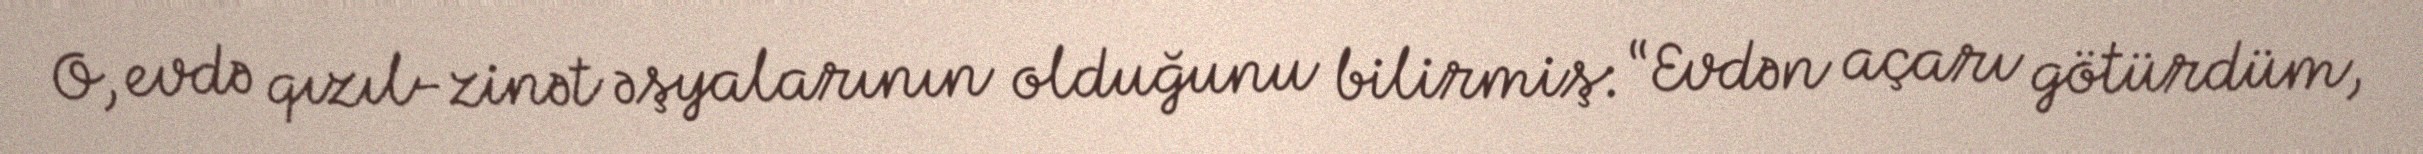
O, evdə qızıl-zinət əşyalarının olduğunu bilirmiş: “Evdən açarı götürdüm,